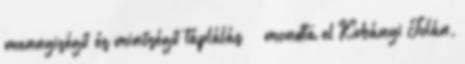
mennyiségű és minőségű táplálás” – mondta el Kubányi Jolán,